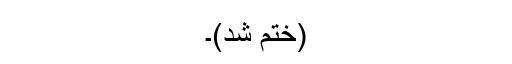
(ختم شُد)۔